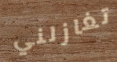
تغازلني